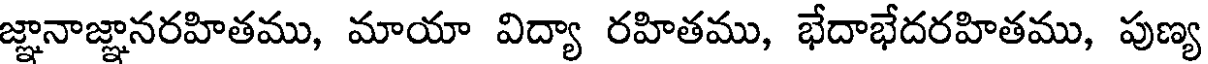
జ్ఞానాజ్ఞానరహితము, మాయా విద్యా రహితము, భేదాభేదరహితము, పుణ్య